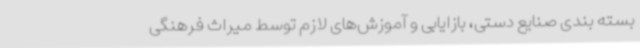
بسته بندی صنایع دستی، بازایابی و آموزش‌های لازم توسط میراث فرهنگی